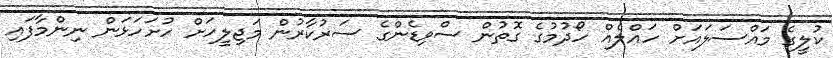
ކުލީގެ މައްސަލައަށް ހައްލެއް ހޯދުމުގެ ގޮތުން ސްވިޑެންގެ ސަރުކާރުން މަޖިލީހަށް ހުށަހަޅަން ނިންމާފައި